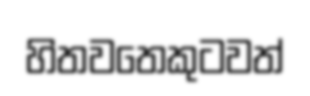
හිතවතෙකුටවත්